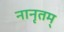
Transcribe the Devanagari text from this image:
नानृतम्